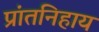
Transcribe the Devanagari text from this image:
प्रांतनिहाय